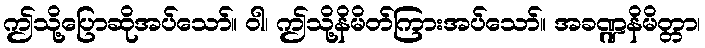
ဤသို့ပြောဆိုအပ်သော်။ ဝါ၊ ဤသို့နိမိတ်ကြားအပ်သော်။ အခဏ္ဍနိမိတ္တာ၊